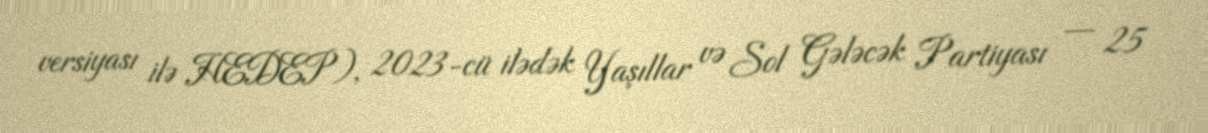
versiyası ilə HEDEP), 2023-cü ilədək Yaşıllar və Sol Gələcək Partiyası — 25